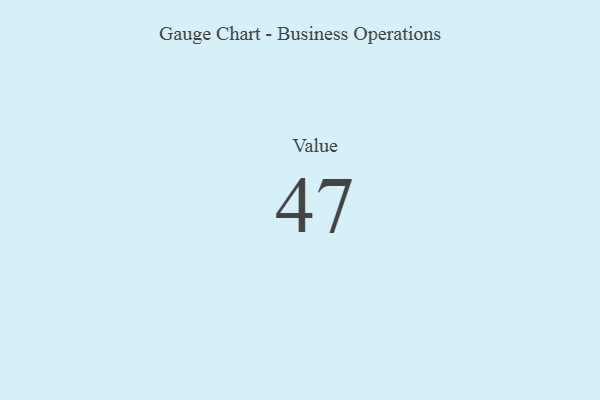
{"axis": {"x": "Metric", "y": "Value"}, "legend": [""], "data": [{"x": "Value", "y": 47, "type": ""}]}